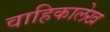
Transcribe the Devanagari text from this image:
वाहिकालेख